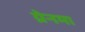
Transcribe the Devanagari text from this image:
ग्रेनमा